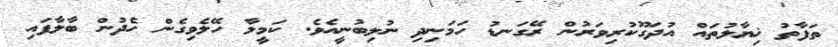
ތަފާތު ޚިޔާލުތައް އުދަގޫކުރިވަރުން ރޭގަނޑު ހަމަނިދި ނުލިބުނީއެވެ. ކަމީލާ ހޭލެވިގެން ހެދުން ބާލާފައި